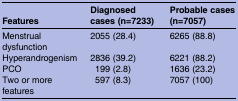
<table><thead><tr><td><b>Features</b></td><td><b>Diagnosed cases (n=7233)</b></td><td><b>Probable cases (n=7057)</b></td></tr></thead><tbody><tr><td>Menstrual dysfunction</td><td>2055 (28.4)</td><td>6265 (88.8)</td></tr><tr><td>Hyperandrogenism</td><td>2836 (39.2)</td><td>6221 (88.2)</td></tr><tr><td>PCO</td><td>199 (2.8)</td><td>1636 (23.2)</td></tr><tr><td>Two or more features</td><td>597 (8.3)</td><td>7057 (100)</td></tr></tbody></table>